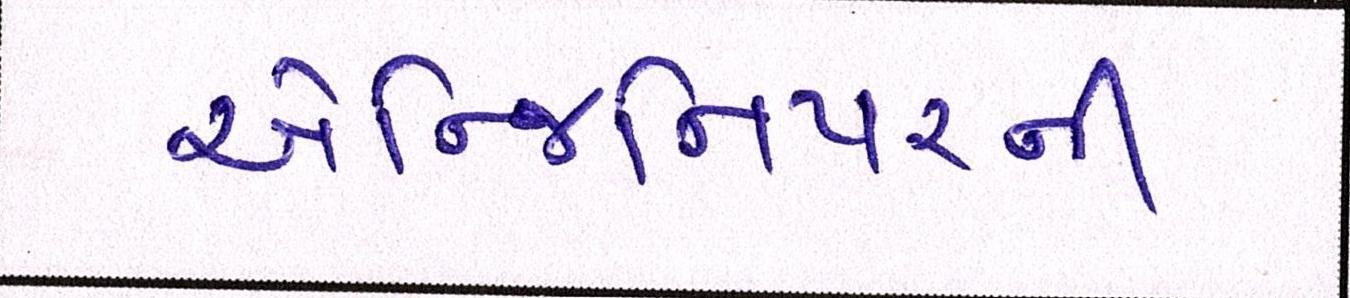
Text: એન્જિનિયરની